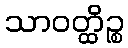
သာဝတ္ထိဉ္စ